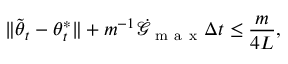
\lVert \tilde { { \boldsymbol { \theta } } } _ { t } - { \boldsymbol { \theta } } _ { t } ^ { * } \rVert + m ^ { - 1 } \dot { \mathcal { G } } _ { \mathrm { ~ m ~ a ~ x ~ } } \Delta t \leq \frac { m } { 4 L } ,